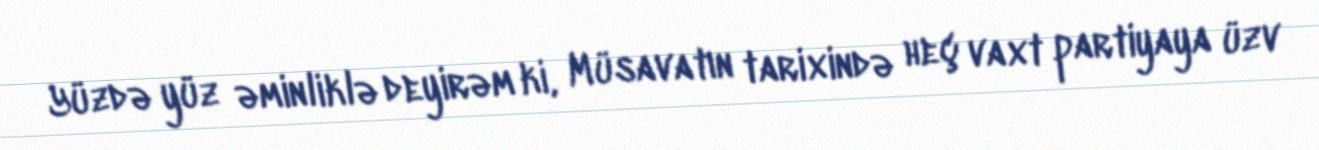
Yüzdə yüz əminliklə deyirəm ki, Müsavatın tarixində heç vaxt partiyaya üzv